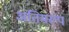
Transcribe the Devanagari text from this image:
अंतिमरूप